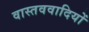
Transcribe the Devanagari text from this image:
वास्तववादियों